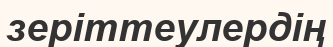
зеріттеулердің